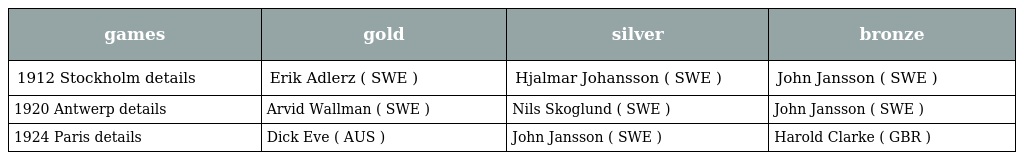
| games | gold | silver | bronze |
 | --- | --- | --- | --- |
 | 1912 Stockholm details | Erik Adlerz ( SWE ) | Hjalmar Johansson ( SWE ) | John Jansson ( SWE ) |
 | 1920 Antwerp details | Arvid Wallman ( SWE ) | Nils Skoglund ( SWE ) | John Jansson ( SWE ) |
 | 1924 Paris details | Dick Eve ( AUS ) | John Jansson ( SWE ) | Harold Clarke ( GBR ) |